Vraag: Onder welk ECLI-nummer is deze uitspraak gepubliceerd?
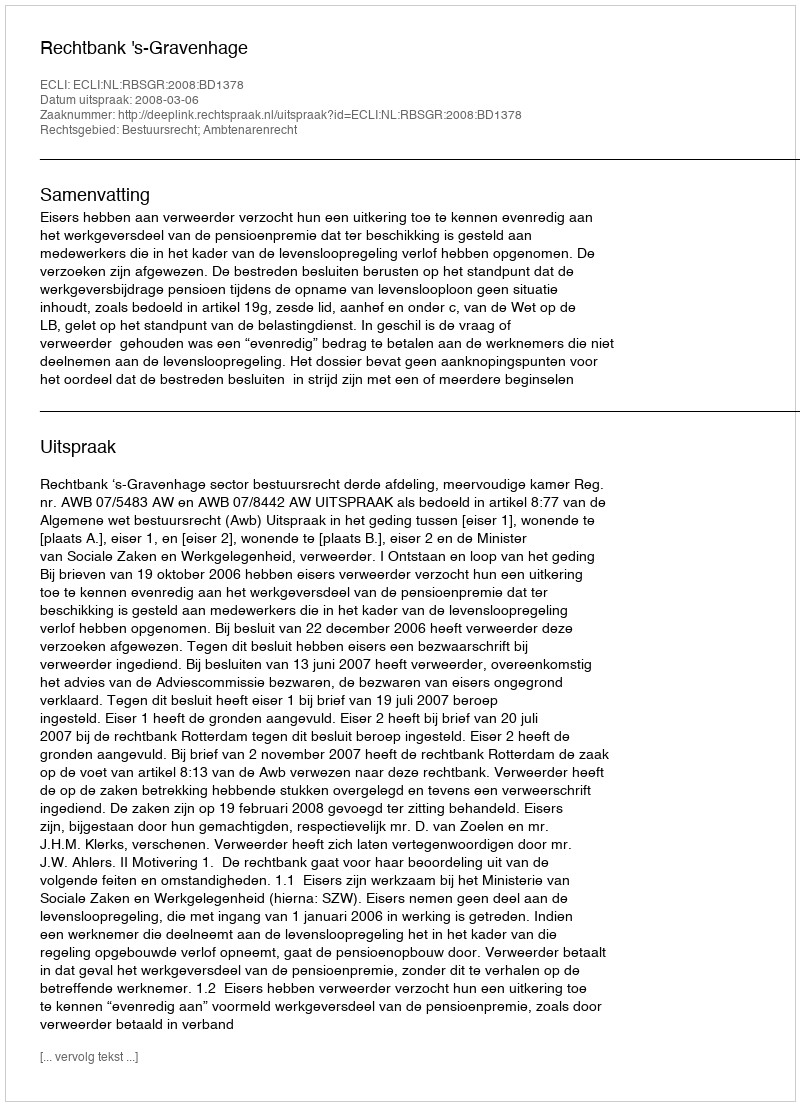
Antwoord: ECLI:NL:RBSGR:2008:BD1378